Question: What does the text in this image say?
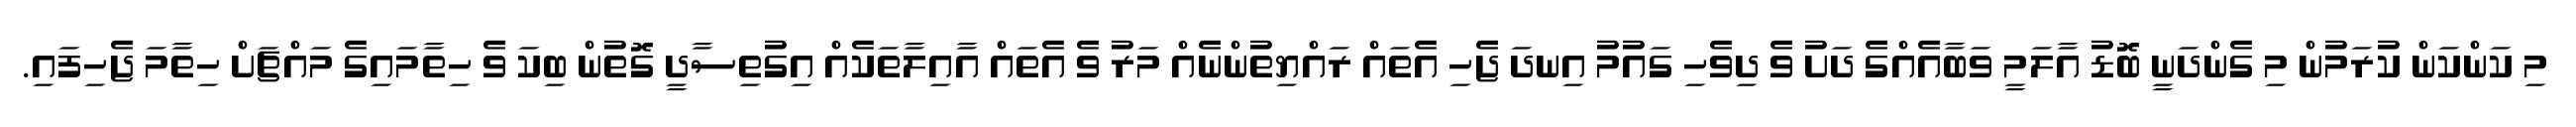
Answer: މި ކަންކަން ކުރަމުން މި ގެންދަނީ ބޮޑު އާލަމީ ވަބާއެއްގެ ދަށު ވެ ދިވެހި ގައުމު އިނދަ ޖެހި އެތައް ރައްޔިތުންނެއް މަރު ވެ އެތައް އާއިލާތަކެއް އިގުތިސާދީ ގޮތުން ބިކަ ވެ ހިތާމައިގެ މައްޗަށް ހިތާމަ ޖެހިފައި.